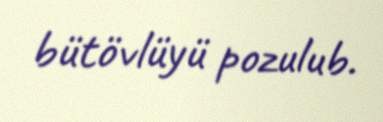
bütövlüyü pozulub.